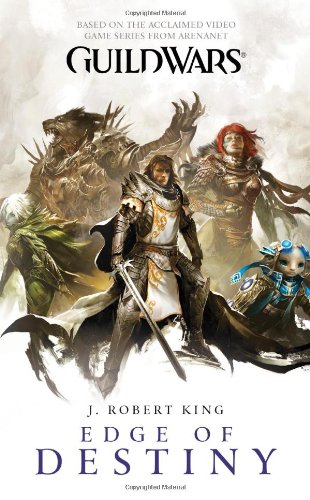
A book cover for Guild Wars: Edge of Destiny; J. Robert King; Science Fiction & Fantasy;